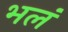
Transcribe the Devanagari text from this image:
भलं